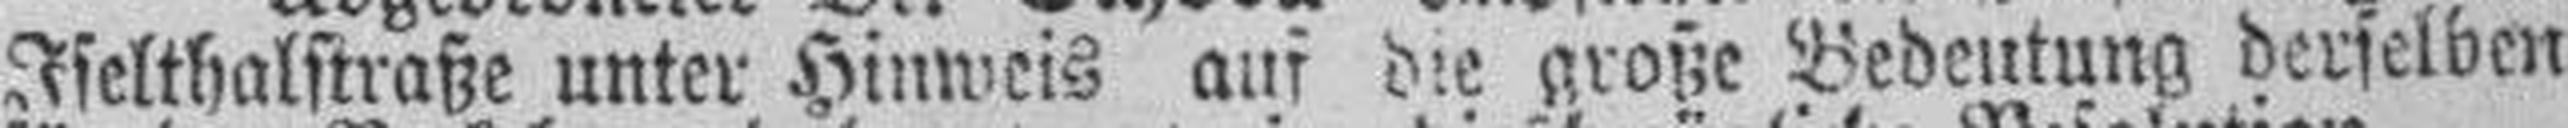
Iselthalstraße unter Hinweis auf die große Bedeutung derselben